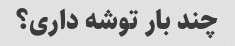
چند بار توشه داری؟